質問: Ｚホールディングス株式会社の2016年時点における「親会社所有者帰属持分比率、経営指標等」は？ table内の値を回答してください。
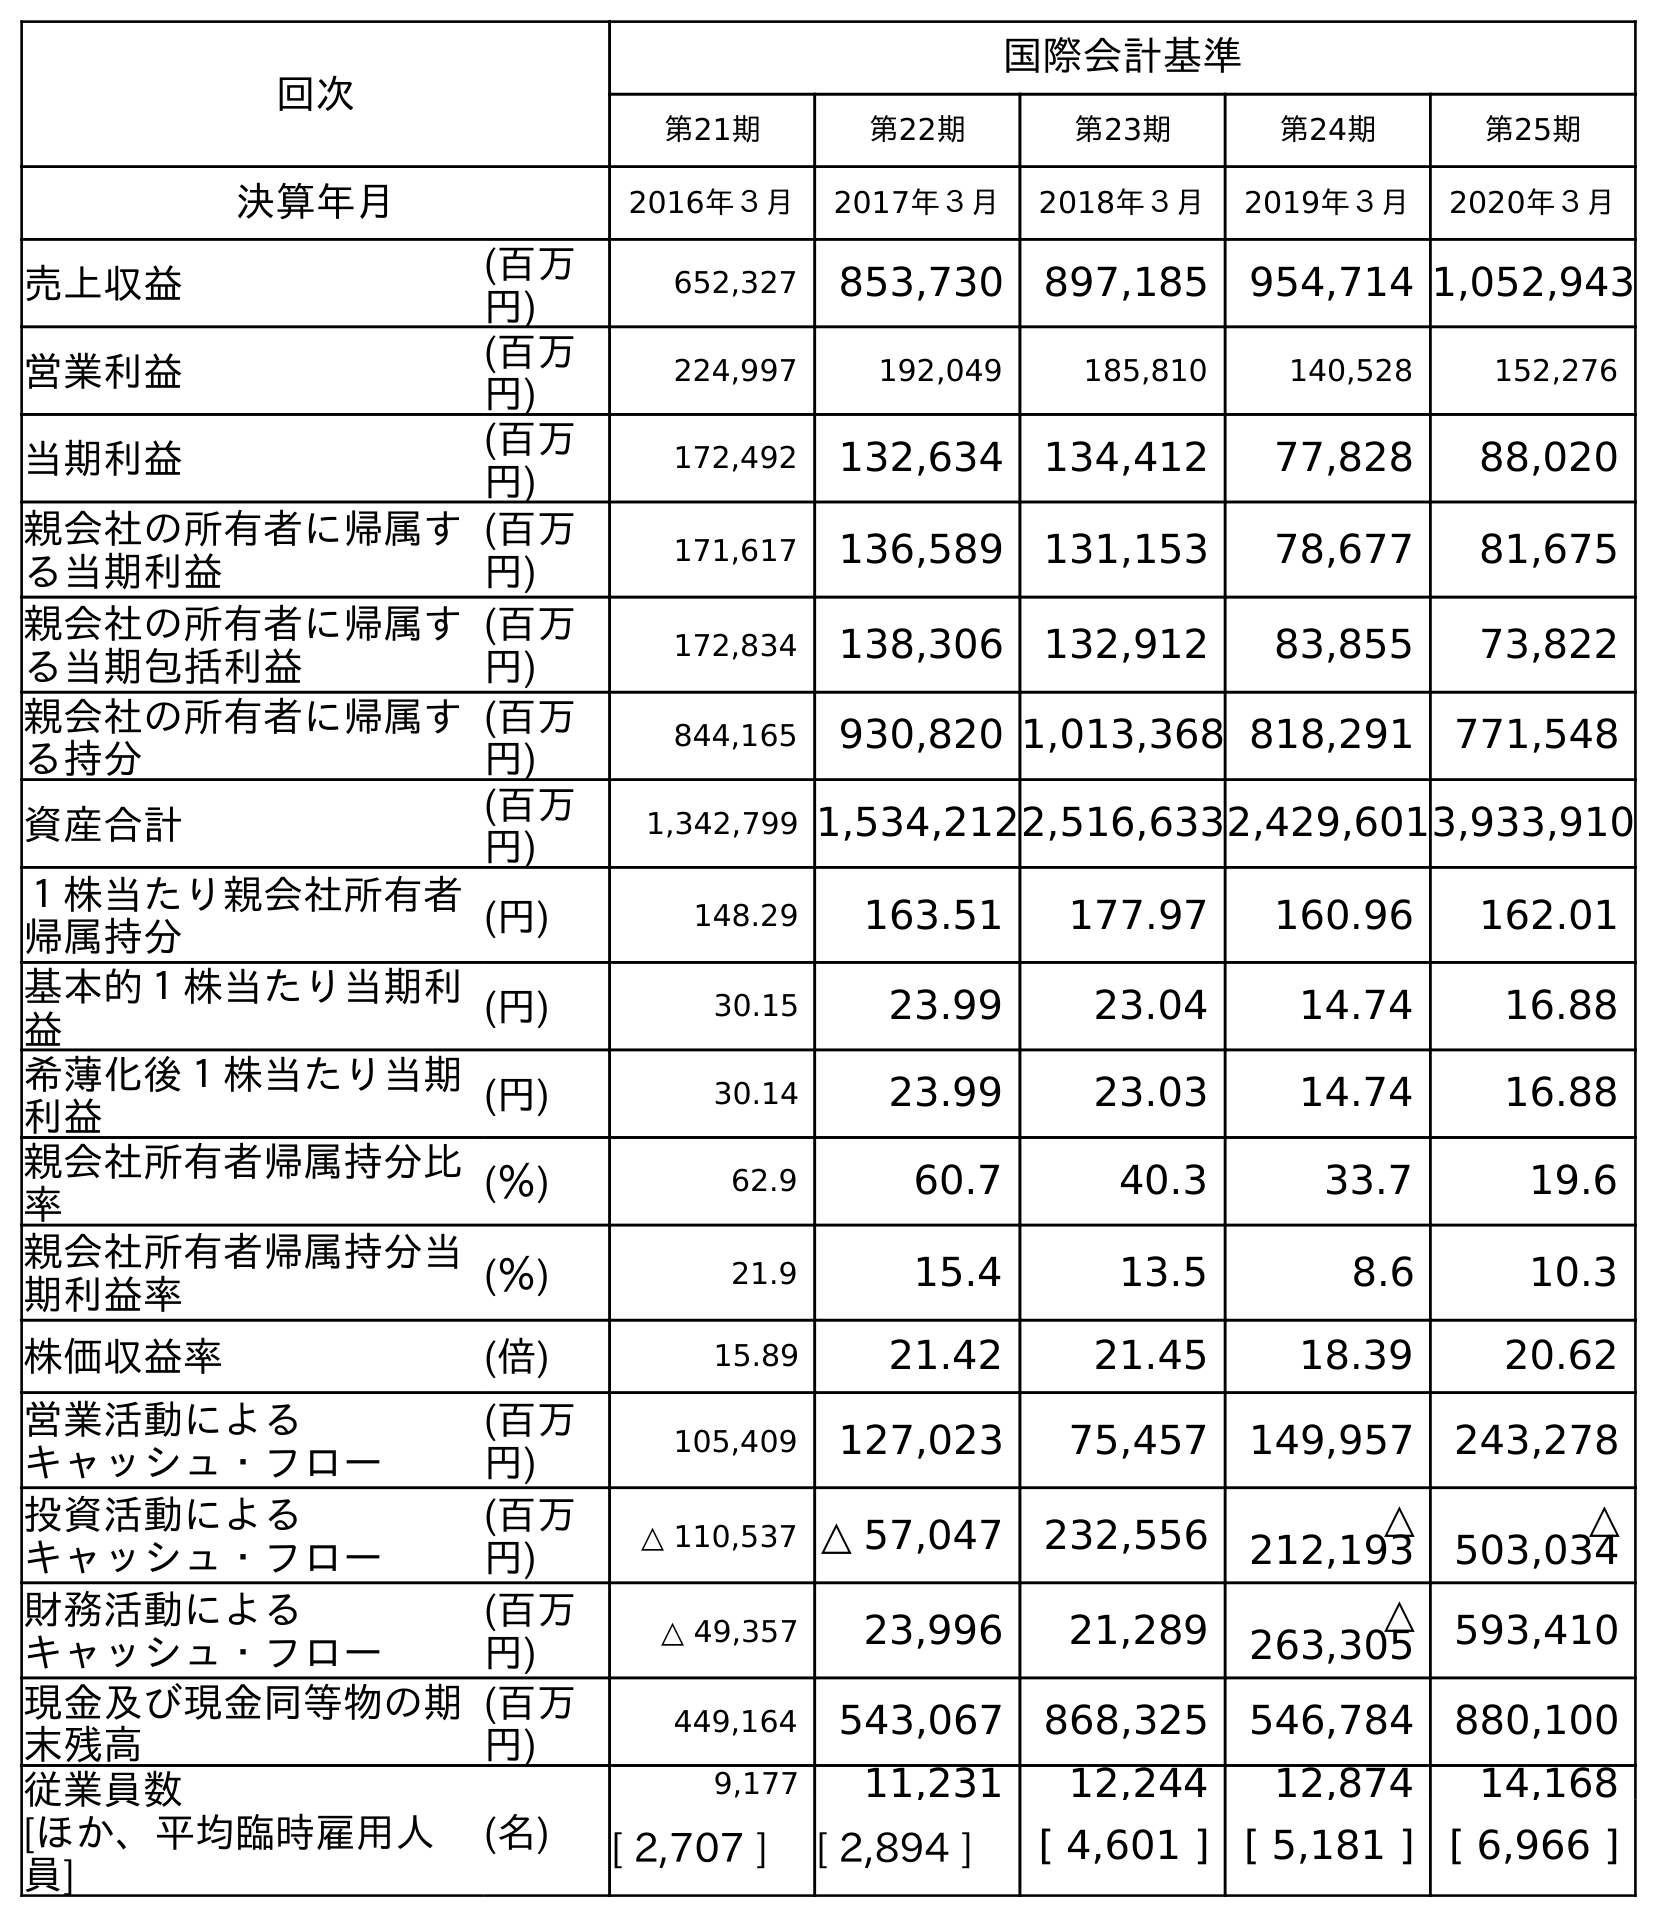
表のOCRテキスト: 回次 国際会計基準 第21期 第22期 第23期 第24期 第25期 決算年月 2016年３月 2017年３月 2018年３月 2019年３月 2020年３月 売上収益 (百万 円) 652,327 853,730 897,185 954,714 1,052,943 営業利益 (百万 円) 224,997 192,049 185,810 140,528 152,276 当期利益 (百万 円) 172,492 132,634 134,412 77,828 88,020 親会社の所有者に帰属す る当期利益 (百万 円) 171,617 136,589 131,153 78,677 81,675 親会社の所有者に帰属す る当期包括利益 (百万 円) 172,834 138,306 132,912 83,855 73,822 親会社の所有者に帰属す る持分 (百万 円) 844,165 930,820 1,013,368 818,291 771,548 資産合計 (百万 円) 1,342,799 1,534,2122,516,6332,429,6013,933,910 １株当たり親会社所有者 帰属持分 (円) 148.29 163.51 177.97 160.96 162.01 基本的１株当たり当期利 益 (円) 30.15 23.99 23.04 14.74 16.88 希薄化後１株当たり当期 利益 (円) 30.14 23.99 23.03 14.74 16.88 親会社所有者帰属持分比 率 (％) 62.9 60.7 40.3 33.7 19.6 親会社所有者帰属持分当 期利益率 (％) 21.9 15.4 13.5 8.6 10.3 株価収益率 (倍) 15.89 21.42 21.45 18.39 20.62 営業活動による キャッシュ・フロー (百万 円) 105,409 127,023 75,457 149,957 243,278 投資活動による キャッシュ・フロー (百万 円) △ 110,537 △ 57,047 232,556 △ 212,193 △ 503,034 財務活動による キャッシュ・フロー (百万 円) △ 49,357 23,996 21,289 △ 263,305 593,410 現金及び現金同等物の期 末残高 (百万 円) 449,164 543,067 868,325 546,784 880,100 従業員数 [ほか、平均臨時雇用人 員] (名) 9,177 11,231 12,244 12,874 14,168 [ 2,707 ] [ 2,894 ] [ 4,601 ] [ 5,181 ] [ 6,966 ]
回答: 62.9